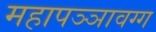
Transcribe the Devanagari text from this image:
महापञ्ञावग्ग